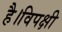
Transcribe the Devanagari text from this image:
है।विपक्षी